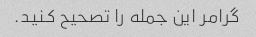
گرامر این جمله را تصحیح کنید.